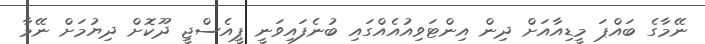
ނޭމާގެ ބައްޕަ މީޑިއާއަށް ދިން އިންޓަވިއުއެއްގައި ބުނެފައިވަނީ ޕީއެސްޖީ ދޫކޮށް ދިޔުމަށް ނޭމާ